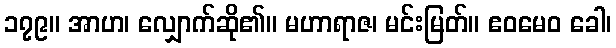
၁၇၉။ အာဟ၊ လျှောက်ဆို၏။ မဟာရာဇ၊ မင်းမြတ်။ ဧဝမေဝ ခေါ၊